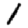
Digit: 1